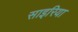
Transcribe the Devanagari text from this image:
साइरिया